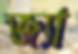
জ্যা